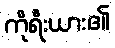
ကိုရီးယား၏